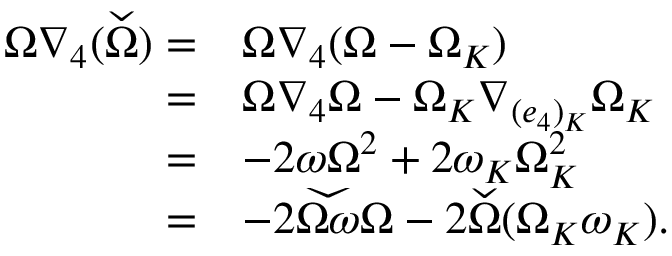
\begin{array} { r l } { \Omega \nabla _ { 4 } ( \widecheck { \Omega } ) = } & { \Omega \nabla _ { 4 } ( \Omega - \Omega _ { K } ) } \\ { = } & { \Omega \nabla _ { 4 } \Omega - \Omega _ { K } \nabla _ { ( e _ { 4 } ) _ { K } } \Omega _ { K } } \\ { = } & { - 2 \omega \Omega ^ { 2 } + 2 \omega _ { K } \Omega _ { K } ^ { 2 } } \\ { = } & { - 2 \widecheck { \Omega \omega } \Omega - 2 \widecheck { \Omega } ( \Omega _ { K } \omega _ { K } ) . } \end{array}